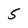
Character: 5